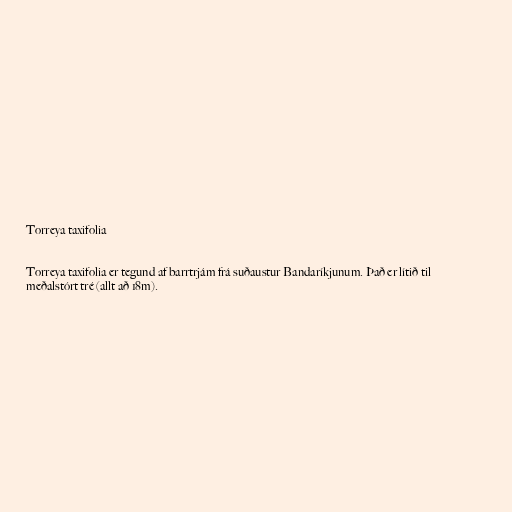
Torreya taxifolia

Torreya taxifolia er tegund af barrtrjám frá suðaustur Bandaríkjunum. Það er lítið til
meðalstórt tré (allt að 18m).